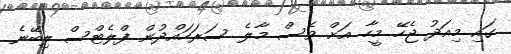
ގައި މިއަދު ޖެހޭ މީހާ އަށް ވެސް މާލެ ސަރަހައްދުން ފްލެޓްސް ލިބޭނެ